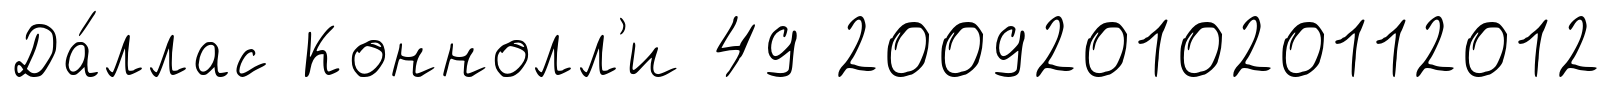
Да́ллас Коннолл'и 49 2009201020112012